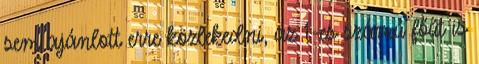
sem ajánlott erre közlekedni, az 1-es számú főút is